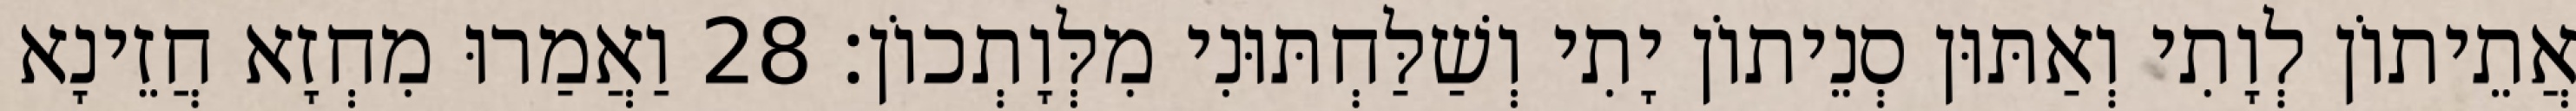
אֲתֵיתוֹן לְוָתִי וְאַתּוּן סְנֵיתוֹן יָתִי וְשַׁלַּחְתּוּנִי מִלְּוָתְכוֹן׃ 28 וַאֲמַרוּ מִחְזָא חֲזֵינָא